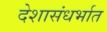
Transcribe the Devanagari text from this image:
देशासंधर्भात